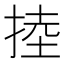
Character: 𢯅